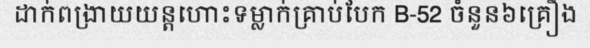
ដាក់ពង្រាយយន្តហោះទម្លាក់គ្រាប់បែក B-52 ចំនួន៦គ្រឿង